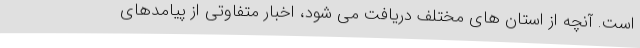
است. آنچه از استان های مختلف دریافت می شود، اخبار متفاوتی از پیامدهای